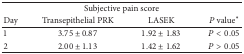
<table><thead><tr><td colspan="4"><b>Subjective pain score</b></td></tr><tr><td><b>Day</b></td><td><b>Transepithelial PRK</b></td><td><b>LASEK</b></td><td><b><i>P</i> value∗</b></td></tr></thead><tbody><tr><td>1</td><td>3.75 ± 0.87</td><td>1.92 ± 1.83</td><td><i>P</i> &lt; 0.05</td></tr><tr><td>2</td><td>2.00 ± 1.13</td><td>1.42 ± 1.62</td><td><i>P</i> &gt; 0.05</td></tr></tbody></table>